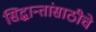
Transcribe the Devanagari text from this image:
सिद्धान्तांसाठीचे